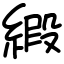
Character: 𫟁